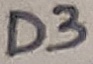
Text: D3